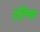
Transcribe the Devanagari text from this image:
सृष्टिचक्र